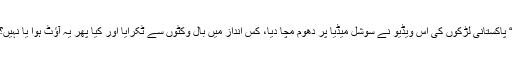
“ پاکستانی لڑکوں کی اس ویڈیو نے سوشل میڈیا پر دھوم مچا دیا، کس انداز میں بال وکٹوں سے ٹکرایا اور کیا پھر یہ آؤٹ ہوا یا نہیں؟